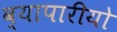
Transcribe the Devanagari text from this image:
व्यापारीयो